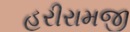
હરીરામજી